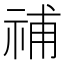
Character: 𥙷